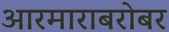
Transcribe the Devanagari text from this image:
आरमाराबरोबर